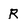
Character: R